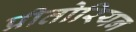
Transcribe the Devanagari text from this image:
प्रीतोरियन